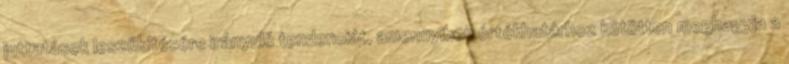
juttatások leszűkítésére irányuló tendenciát, amennyiben értékhatárhoz kötötten meghagyja a